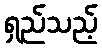
ရှည်သည့်